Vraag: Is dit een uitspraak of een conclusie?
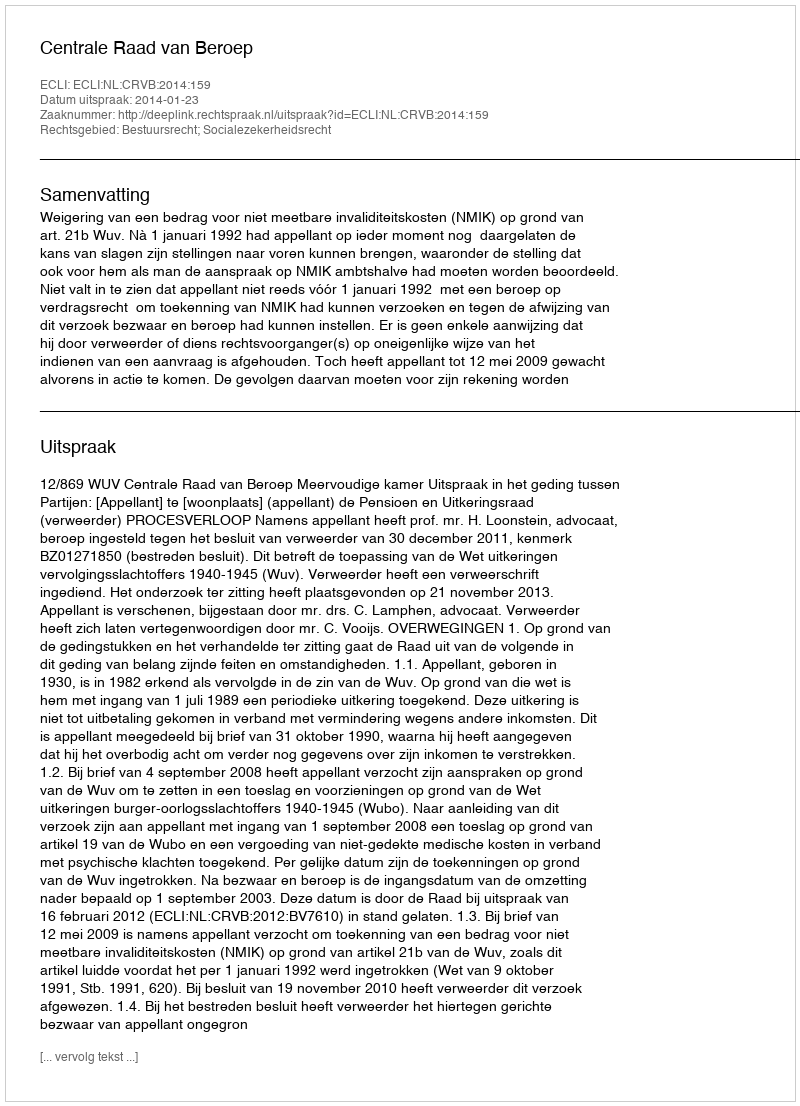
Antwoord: Uitspraak